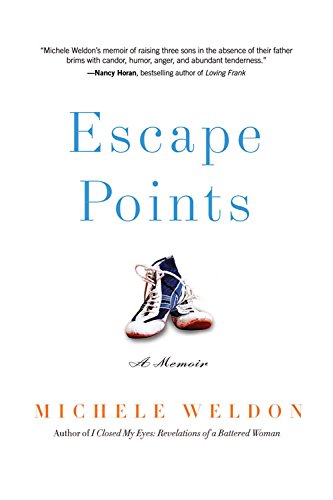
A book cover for Escape Points: A Memoir; Michele Weldon; Biographies & Memoirs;